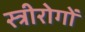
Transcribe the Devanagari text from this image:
स्त्रीरोगों